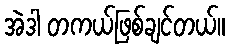
အဲဒါ တကယ်ဖြစ်ချင်တယ်။